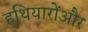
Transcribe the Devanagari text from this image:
हथियारोंऔर